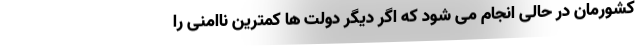
کشورمان در حالی انجام می شود که اگر دیگر دولت ها کمترین ناامنی را